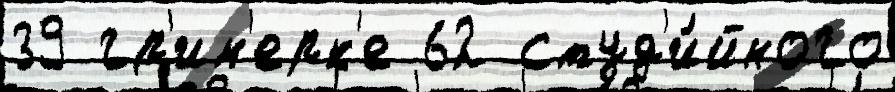
39 гр'им'ерк'е 62 студ'и́йного